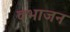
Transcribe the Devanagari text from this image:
वभाजन